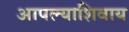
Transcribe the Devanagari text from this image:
आपल्याशिवाय